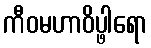
ကီဝမဟာဝိပ္ဖါရော